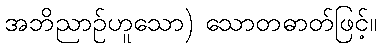
အဘိညာဉ်ဟူသော) သောတဓာတ်ဖြင့်။